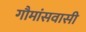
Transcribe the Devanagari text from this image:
गौमांसवासी